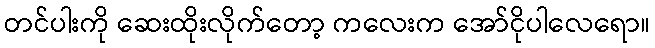
တင်ပါးကို ဆေးထိုးလိုက်တော့ ကလေးက အော်ငိုပါလေရော။